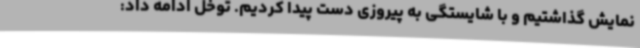
نمایش گذاشتیم و با شایستگی به پیروزی دست پیدا کردیم. توخل ادامه داد: